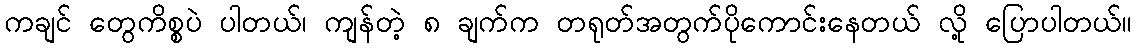
ကချင် တွေကိစ္စပဲ ပါတယ်၊ ကျန်တဲ့ ၈ ချက်က တရုတ်အတွက်ပိုကောင်းနေတယ် လို့ ပြောပါတယ်။